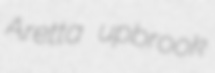
Aretta upbrook